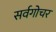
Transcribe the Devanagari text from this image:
सर्वगोचर